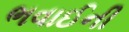
ભવાઈની